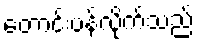
တောင်းပန်လိုက်သည်